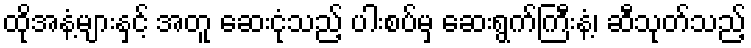
ထိုအနံ့များနှင့် အတူ ဆေးငုံသည့် ပါးစပ်မှ ဆေးရွက်ကြီးနံ့၊ ဆီသုတ်သည့်